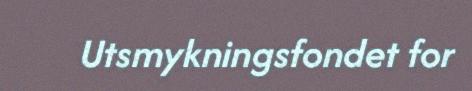
Utsmykningsfondet for